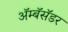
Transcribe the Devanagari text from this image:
ॲम्बॅसॅडर